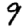
Digit: 9